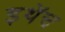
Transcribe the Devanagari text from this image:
इथेंच